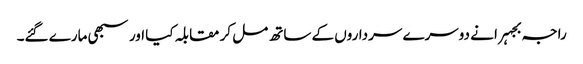
راجہ بجہرا نے دوسرے سرداروں کے ساتھ مل کر مقابلہ کیا اور سبھی مارے گئے۔